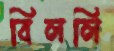
বিললি